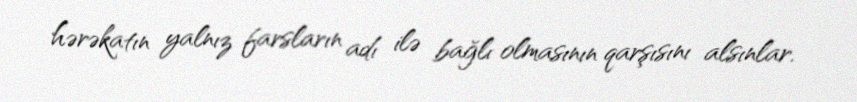
hərəkatın yalnız farsların adı ilə bağlı olmasının qarşısını alsınlar.